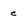
Character: c